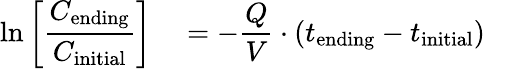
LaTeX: \ln\left[{\frac{C_{\mathrm{ending}}}{C_{\mathrm{initial}}}}\right]\quad={-}{\frac{Q}{V}}\cdot(t_{\mathrm{ending}}-t_{\mathrm{initial}})\quad